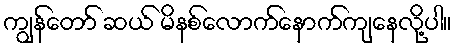
ကျွန်တော် ဆယ် မိနစ်လောက်နောက်ကျနေလို့ပါ။